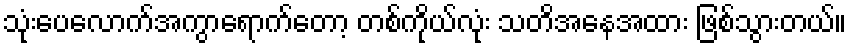
သုံးပေလောက်အကွာရောက်တော့ တစ်ကိုယ်လုံး သတိအနေအထား ဖြစ်သွားတယ်။